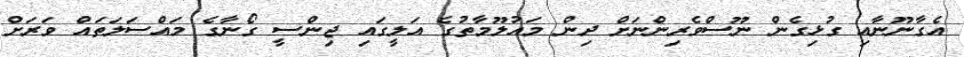
އެގާނޫނާއި ގުޅިގެން ނޫސްވެރިންނަށް ދިން މައުލޫމާތުގެ އަލީގައި ޖިންސީ ގޯނާގެ މައްސަލަތައް ވަރަށް